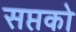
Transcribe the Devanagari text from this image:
सप्तको